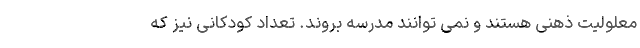
معلولیت ذهنی هستند و نمی توانند مدرسه بروند. تعداد کودکانی نیز که